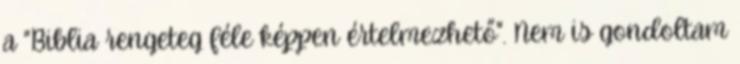
a "Biblia rengeteg féle képpen értelmezhető". Nem is gondoltam